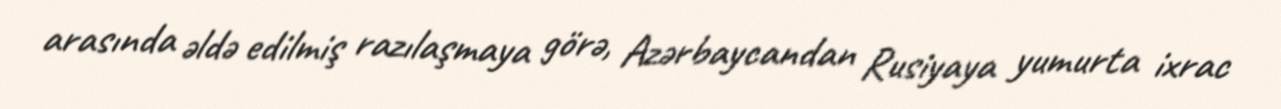
arasında əldə edilmiş razılaşmaya görə, Azərbaycandan Rusiyaya yumurta ixrac